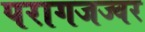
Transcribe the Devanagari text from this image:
परागजज्वर